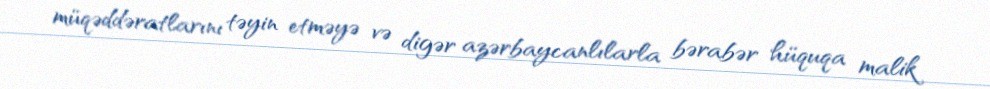
müqəddəratlarını təyin etməyə və digər azərbaycanlılarla bərabər hüquqa malik